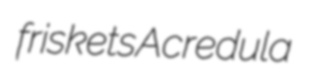
friskets Acredula